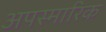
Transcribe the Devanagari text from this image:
अपस्मारिक